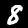
Label: 8